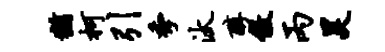
犹柯引季汰醇傲丙昊